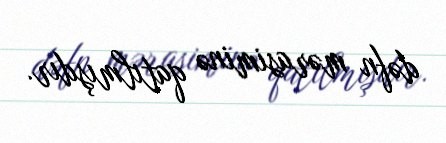
dəfn mərasiminə qatılmışdır.